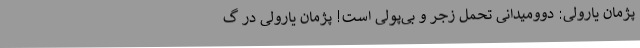
پژمان یارولی: دوومیدانی تحمل زجر و بی‌پولی است! پژمان یارولی در گ